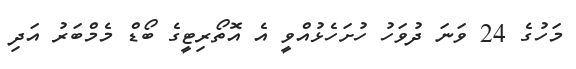
މަހުގެ 24 ވަނަ ދުވަހު ހުށަހެޅުއްވީ އެ އޮތޯރިޓީގެ ބޯޑް މެމްބަރު އަދި